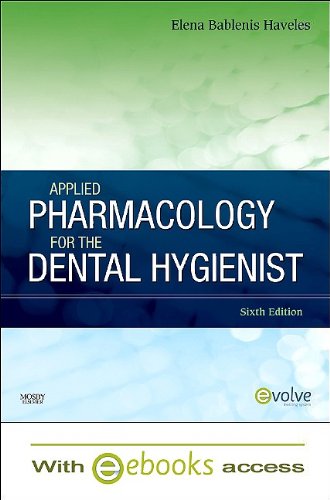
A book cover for Applied Pharmacology for the Dental Hygienist - Text and E-Book Package, 6e; Elena Bablenis Haveles BS Pharm  Pharm D; Medical Books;